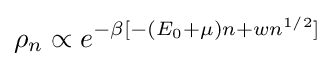
\rho _{n}\propto e^{-\beta [-(E_{0}+\mu )n+wn^{1/2}]}